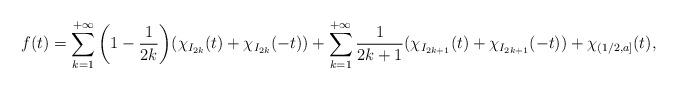
LaTeX: \begin{align*}f(t)=\sum_{k=1}^{+\infty}\bigg(1-\frac{1}{2k}\bigg)(\chi_{I_{2k}}(t)+\chi_{I_{2k}}(-t))+\sum_{k=1}^{+\infty}\frac{1}{2k+1}(\chi_{I_{2k+1}}(t)+\chi_{I_{2k+1}}(-t))+\chi_{(1/2,a]}(t),\end{align*}